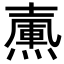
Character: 𡕀